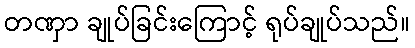
တဏှာ ချုပ်ခြင်းကြောင့် ရုပ်ချုပ်သည်။